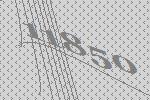
11850